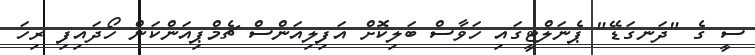
ސީ ގެ "ދަނގަޑޭ" ޕެނަލްޓީގައި ހަވާސް ބަލިކޮށް އަފިލިއަންސް ޗެމްޕިއަންކަން ހޯދައިފި ރިހަ